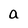
Character: a